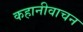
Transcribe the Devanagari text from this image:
कहानीवाचन